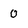
Character: 0